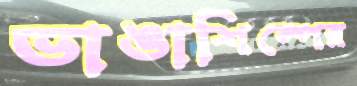
ভাঙাশিল্পের